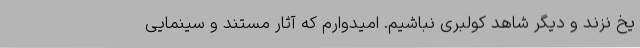
یخ نزند و دیگر شاهد کولبری نباشیم. امیدوارم که آثار مستند و سینمایی